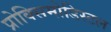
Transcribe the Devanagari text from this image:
प्रोक्सिमोडिस्टल